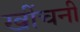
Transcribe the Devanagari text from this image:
खींचनी